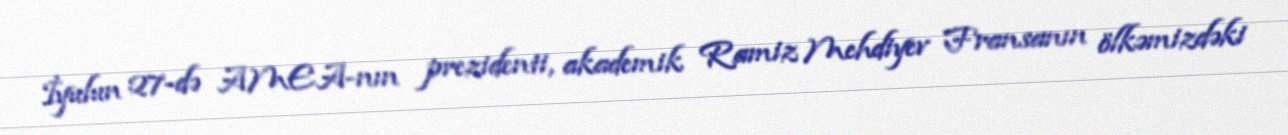
İyulun 27-də AMEA-nın prezidenti, akademik Ramiz Mehdiyev Fransanın ölkəmizdəki